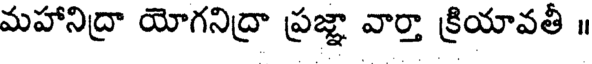
మహానిద్రా యోగనిద్రా ప్రజ్ఞా వార్తా క్రియావతీ ॥